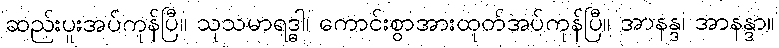
ဆည်းပူးအပ်ကုန်ပြီ။ သုသမာရဒ္ဓါ၊ ကောင်းစွာအားထုတ်အပ်ကုန်ပြီ။ အာနန္ဒ၊ အာနန္ဒာ။